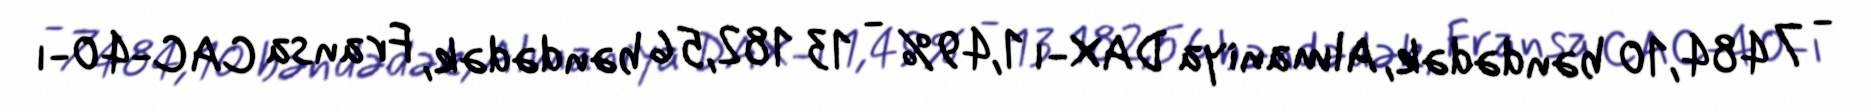
- 7 484,10 bəndədək, Almaniya DAX-ı 1,49% - 13 182,56 bəndədək, Fransa CAC-40-ı